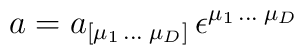
a=a_{[\mu _{1}\, \dots \; \mu _{D}]}\, \epsilon ^{\mu _{1}\, \dots \; \mu _{D}}